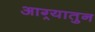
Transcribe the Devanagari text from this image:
आग्र्यातुन